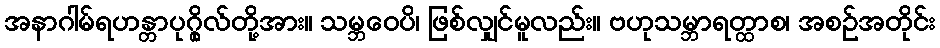
အနာဂါမ်ရဟန္တာပုဂ္ဂိုလ်တို့အား။ သမ္ဘဝေပိ၊ ဖြစ်လျှင်မူလည်း။ ဗဟုသမ္ဘာရတ္ထာစ၊ အစဉ်အတိုင်း